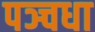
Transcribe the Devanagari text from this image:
पञ्चधा